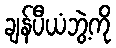
ချန်ပီယံဘွဲ့ကို